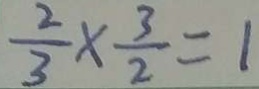
\frac { 2 } { 3 } \times \frac { 3 } { 2 } = 1